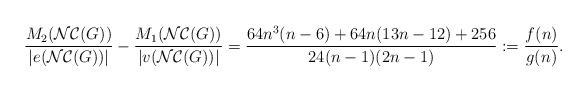
LaTeX: \begin{align*}\dfrac{M_{2}(\mathcal{NC}(G))}{|e( \mathcal{NC}(G))|} - \dfrac{M_{1}(\mathcal{NC}(G))}{|v( \mathcal{NC}(G))|} = \dfrac{64n^{3}(n-6)+ 64n(13n - 12) + 256}{24(n-1)(2n-1)}:= \dfrac{f(n)}{g(n)}.\end{align*}